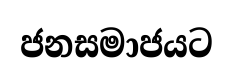
ජනසමාජයට